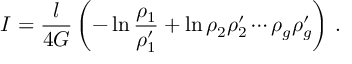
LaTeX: I = { \frac { l } { 4 G } } \left( - \ln { \frac { \rho _ { 1 } } { \rho _ { 1 } ^ { \prime } } } + \ln { \rho _ { 2 } \rho _ { 2 } ^ { \prime } \cdots \rho _ { g } \rho _ { g } ^ { \prime } } \right) \, .